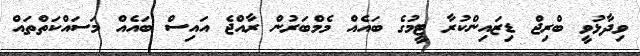
ވިދާޅުވީ ބްރިޖް ޑިޒައިންކުރާ ޓީމުގެ ބައެއް މެމްބަރުން ރާއްޖެ އައިސް ބައެއް މަސައްކަތްތައް